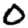
Digit: 0